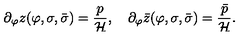
\partial _ { \varphi } z ( \varphi , \sigma , \bar { \sigma } ) = \frac { p } { \cal H } , \quad \partial _ { \varphi } \bar { z } ( \varphi , \sigma , \bar { \sigma } ) = \frac { \bar { p } } { \cal H } .